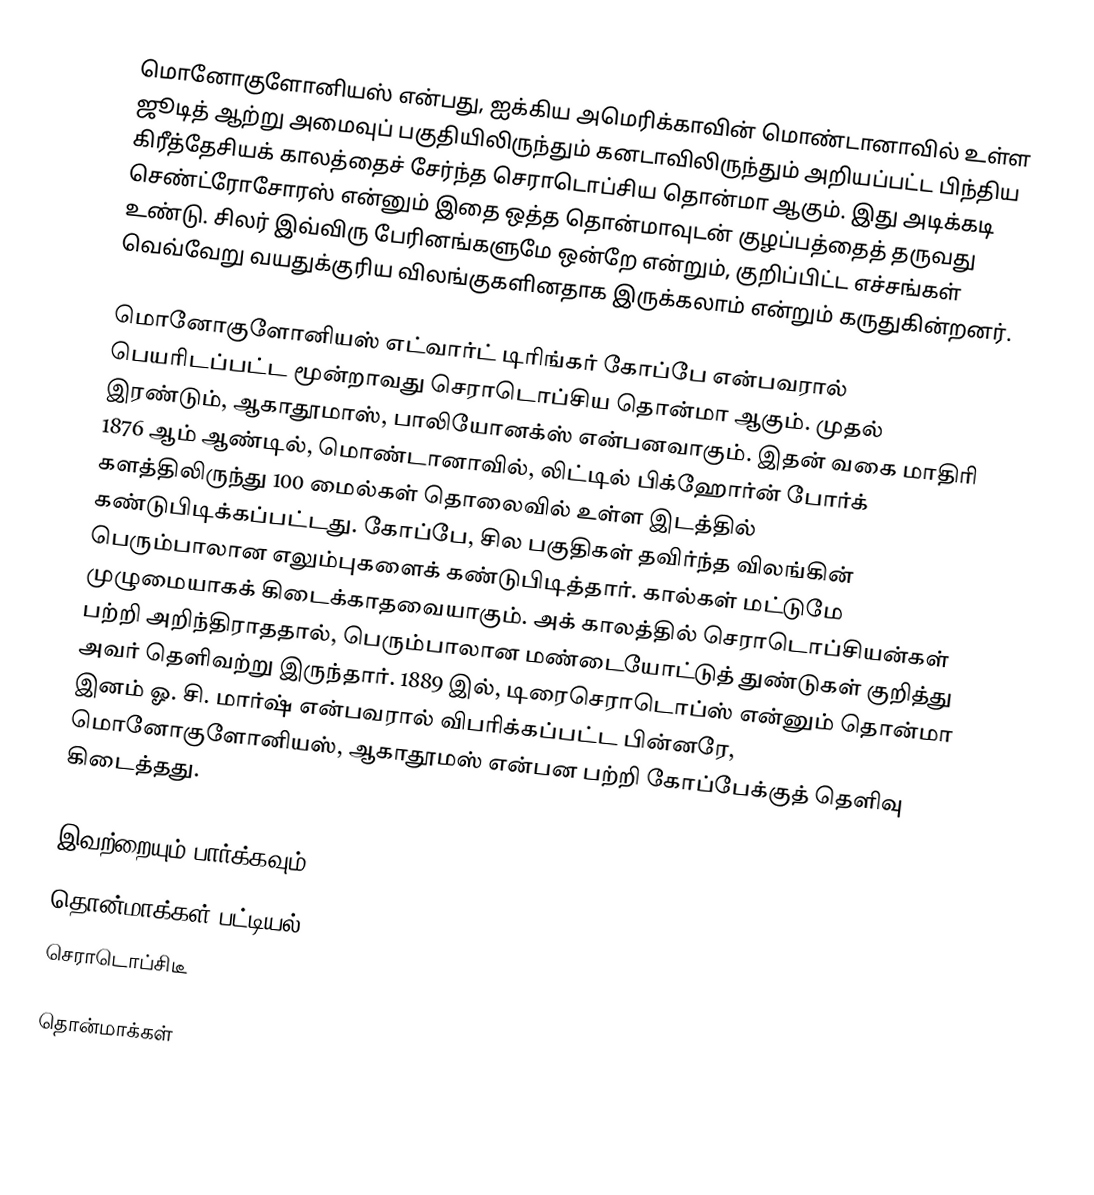
மொனோகுளோனியஸ் என்பது, ஐக்கிய அமெரிக்காவின் மொண்டானாவில் உள்ள ஜூடித் ஆற்று அமைவுப் பகுதியிலிருந்தும் கனடாவிலிருந்தும் அறியப்பட்ட பிந்திய கிரீத்தேசியக் காலத்தைச் சேர்ந்த செராடொப்சிய தொன்மா ஆகும். இது அடிக்கடி செண்ட்ரோசோரஸ் என்னும் இதை ஒத்த தொன்மாவுடன் குழப்பத்தைத் தருவது உண்டு. சிலர் இவ்விரு பேரினங்களுமே ஒன்றே என்றும், குறிப்பிட்ட எச்சங்கள் வெவ்வேறு வயதுக்குரிய விலங்குகளினதாக இருக்கலாம் என்றும் கருதுகின்றனர்.

மொனோகுளோனியஸ் எட்வார்ட் டிரிங்கர் கோப்பே என்பவரால் பெயரிடப்பட்ட மூன்றாவது செராடொப்சிய தொன்மா ஆகும். முதல் இரண்டும், ஆகாதூமாஸ், பாலியோனக்ஸ் என்பனவாகும். இதன் வகை மாதிரி 1876 ஆம் ஆண்டில், மொண்டானாவில், லிட்டில் பிக்ஹோர்ன் போர்க் களத்திலிருந்து 100 மைல்கள் தொலைவில் உள்ள இடத்தில் கண்டுபிடிக்கப்பட்டது. கோப்பே, சில பகுதிகள் தவிர்ந்த விலங்கின் பெரும்பாலான எலும்புகளைக் கண்டுபிடித்தார். கால்கள் மட்டுமே முழுமையாகக் கிடைக்காதவையாகும். அக் காலத்தில் செராடொப்சியன்கள் பற்றி அறிந்திராததால், பெரும்பாலான மண்டையோட்டுத் துண்டுகள் குறித்து அவர் தெளிவற்று இருந்தார். 1889 இல், டிரைசெராடொப்ஸ் என்னும் தொன்மா இனம் ஓ. சி. மார்ஷ் என்பவரால் விபரிக்கப்பட்ட பின்னரே, மொனோகுளோனியஸ், ஆகாதூமஸ் என்பன பற்றி கோப்பேக்குத் தெளிவு கிடைத்தது.

இவற்றையும் பார்க்கவும்
 தொன்மாக்கள் பட்டியல்
 செராடொப்சிடீ

தொன்மாக்கள்